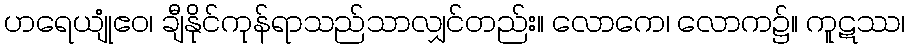
ဟရေယျုံဧဝ၊ ချီနိုင်ကုန်ရာသည်သာလျှင်တည်း။ လောကေ၊ လောက၌။ ကူဋဿ၊